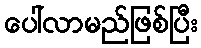
ပေါ်လာမည်ဖြစ်ပြီး